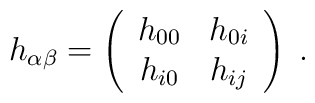
h_{\alpha\beta} = \left( \begin{array}{cc}                            h_{00} & h_{0i} \\                            h_{i0} & h_{ij}                       \end{array}        \right) \; .